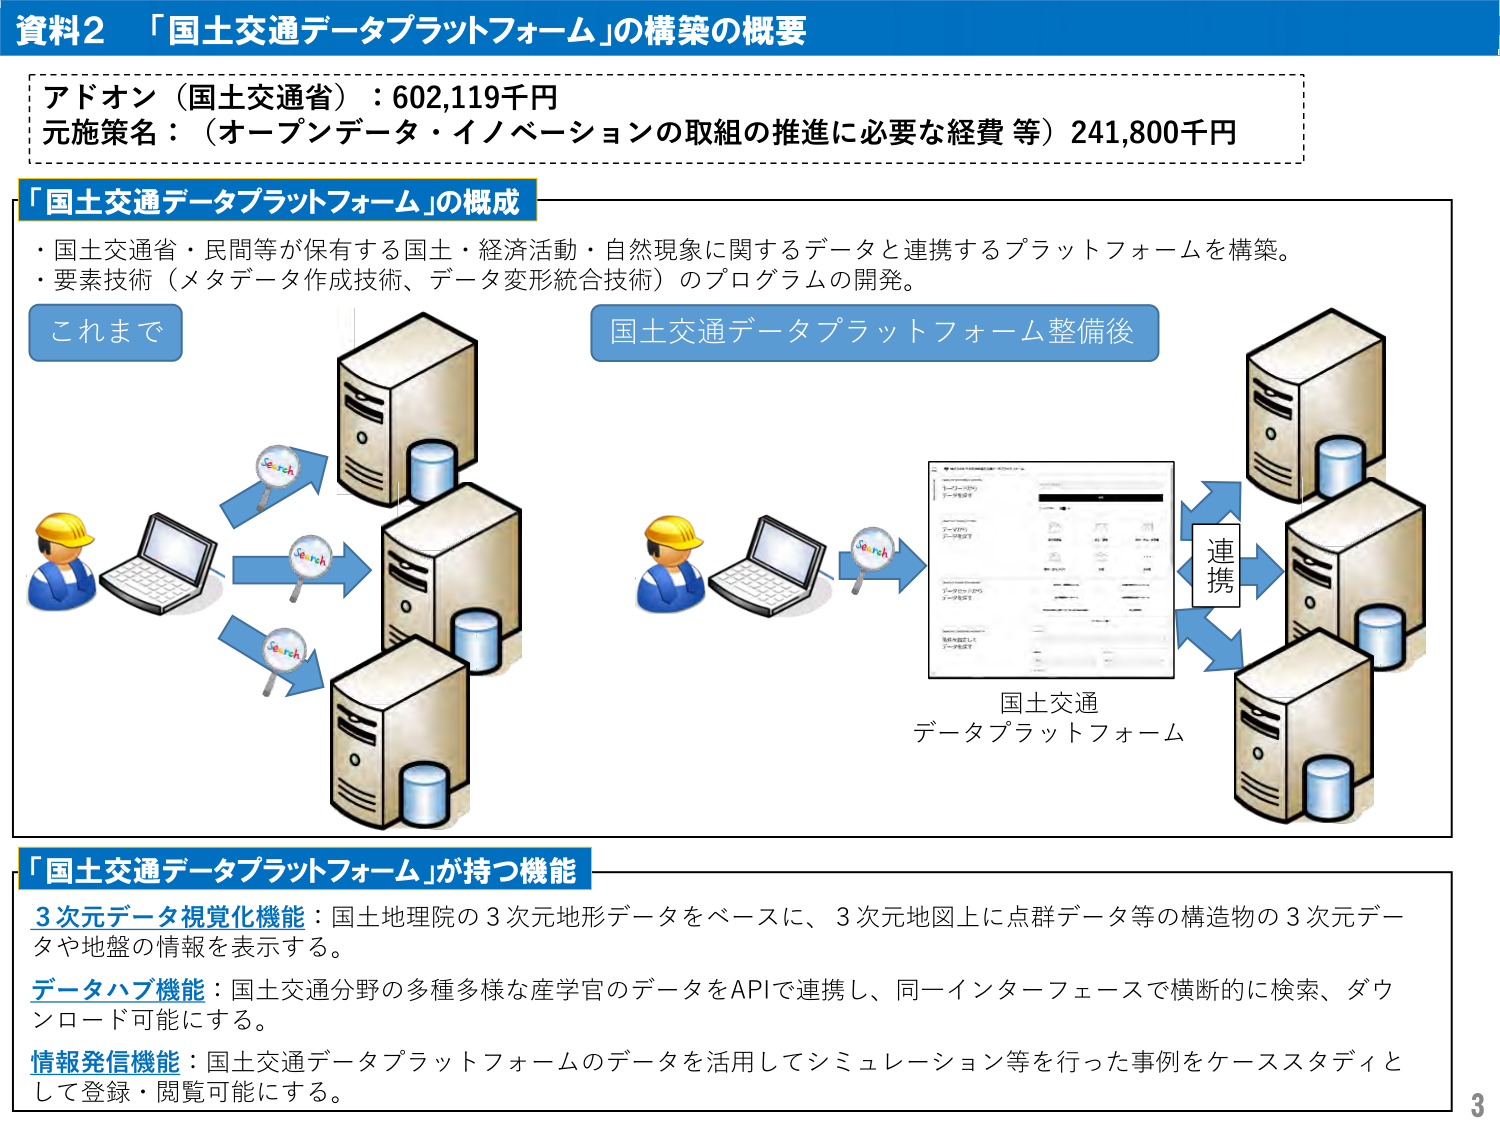
資料2 「国土交通データプラットフォーム」の構築の概要

アドオン（国土交通省）：602,119千円
元施策名：（オープンデータ・イノベーションの取組の推進に必要な経費 等）241,800千円

「国土交通データプラットフォーム」の構成
・国土交通省・民間等が保有する国土・経済活動・自然現象に関するデータと連携するプラットフォームを構築。
・要素技術（メタデータ作成技術、データ変形統合技術）のプログラムの開発。

これまで
（図：作業員がラップトップで複数のサーバーに「Search」でアクセス）

国土交通データプラットフォーム整備後
（図：作業員がラップトップで「国土交通データプラットフォーム」画面に「Search」でアクセス → 画面が表示 → 画面から「連携」で複数のサーバーと接続）

国土交通
データプラットフォーム

「国土交通データプラットフォーム」が持つ機能
3次元データ視覚化機能：国土地理院の3次元地形データをベースに、3次元地図上に点群データ等の構造物の3次元データや地盤の情報を表示する。
データハブ機能：国土交通分野の多種多様な産学官のデータをAPIで連携し、同一インターフェースで横断的に検索、ダウンロード可能にする。
情報発信機能：国土交通データプラットフォームのデータを活用してシミュレーション等を行った事例をケーススタディとして登録・閲覧可能にする。

3